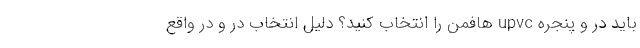
باید در و پنجره upvc هافمن را انتخاب کنید؟ دلیل انتخاب در و در واقع